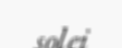
solei